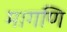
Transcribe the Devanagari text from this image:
मागणि